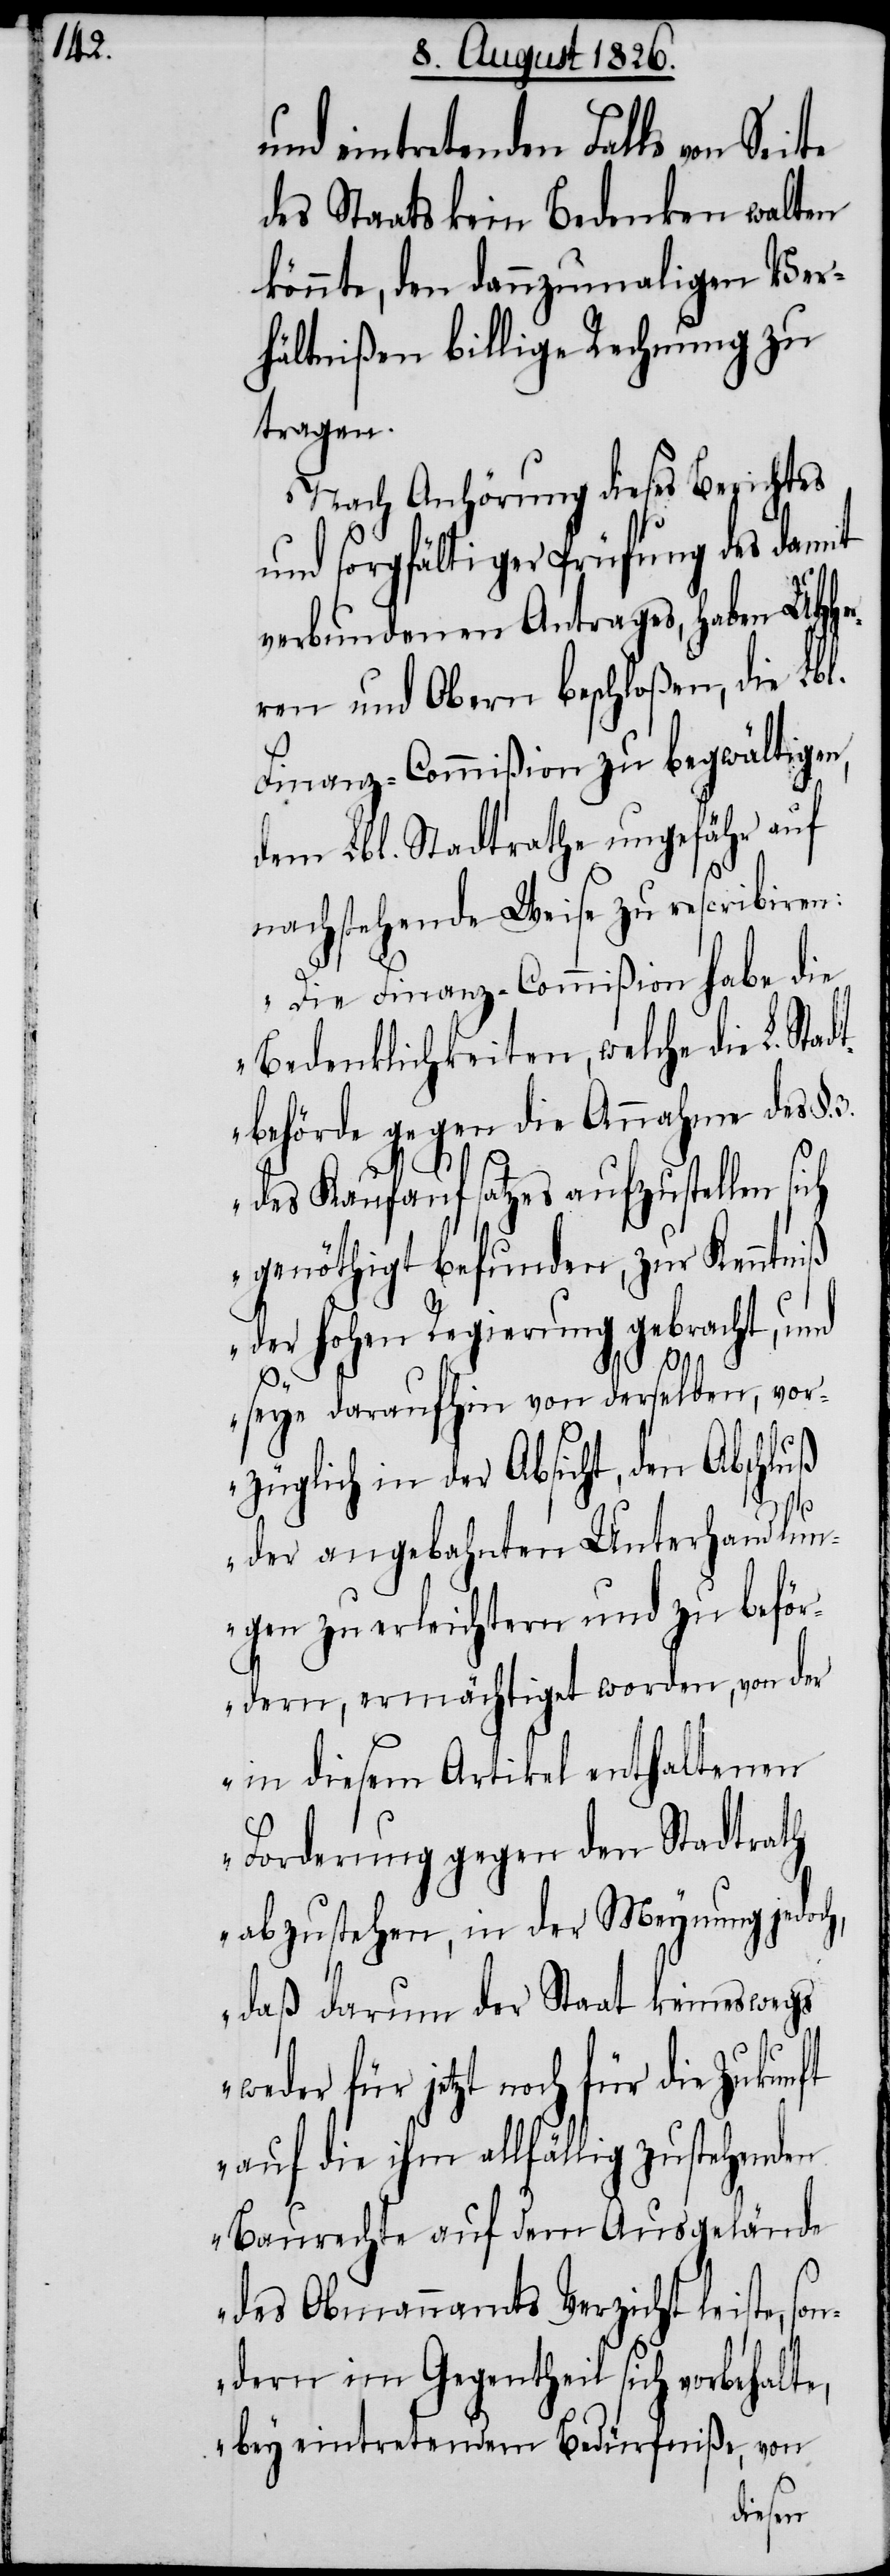
nd eintretenden Falls von Sei¬
des Staats kein Bedenken walten
könnte, den dannzumaligen Ver¬
hältnißen billige Rechnung zu
tragen.
Nach Anhörung dieses Berichtes
und sorgfältiger Prüfung des damit
verbundenen Antrages, haben MHHe¬
rren und Obern beschloßen, die Lbl.
Finanz-Commißion zu begwältigen,
dem Lbl. Stadtrathe ungefähr auf
nachstehende Weise zu rescribiren:
„Die Finanz-Commißion habe die
Bedenklichkeiten, welche die Lbl.
behörde gegen die Annahme des §.
des Kaufaufsatzes aufzustellen si¬
genöthigt befunden, zur Kenntniß
der hohen Regierung gebracht, und
Stadt¬
ch
seye daraufhin von derselben, vor¬
züglich in der Absicht, den Abschluß
3.
der angebahnten Unterhandlun¬
gen zu erleichtern und zu beför¬
dern, ermächtiget worden, von der
in diesem Artikel enthaltenen
Forderung gegen den Stadtrath
abzustehen, in der Meynung jedoch,
daß darum der Staat keineswegs
weder für jetzt noch für die Zukunft
auf die ihm allfällig zustehenden
Baurechte auf dem Ausgelände
des Obmannamts Verzicht leiste, son¬
dern im Gegentheil sich vorbehalt¬
e, bey eintretenden Bedürfnißen, von